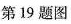
第19题图